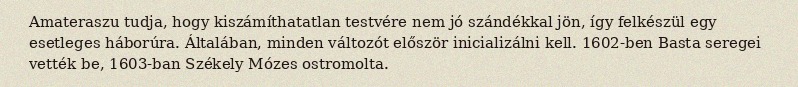
Amateraszu tudja, hogy kiszámíthatatlan testvére nem jó szándékkal jön, így felkészül egy esetleges háborúra. Általában, minden változót először inicializálni kell. 1602-ben Basta seregei vették be, 1603-ban Székely Mózes ostromolta.